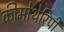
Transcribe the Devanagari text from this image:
कीमोथेरिपी